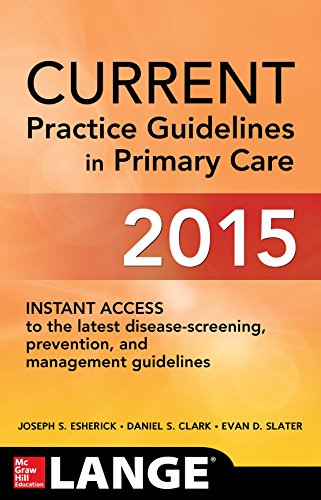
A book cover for CURRENT Practice Guidelines in Primary Care 2015; Joseph S. Esherick; Medical Books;